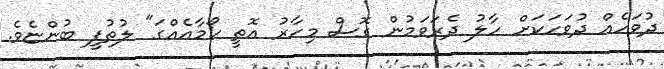
ދުވަހެއް ދުވަހަކަށް ހާލު ދެރަވަމުން ގޮސް މިހާރު އޮތީ ކޯމާއެއްގަ" ލުތުފީ ބުންޏެވެ.